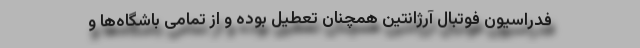
فدراسیون فوتبال آرژانتین همچنان تعطیل بوده و از تمامی باشگاه‌ها و